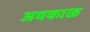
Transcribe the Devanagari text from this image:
अवकाळ